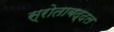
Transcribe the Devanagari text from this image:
स्रोताबद्दल